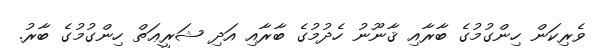
ވެރިކަން ހިންގުމުގެ ބާރާއި ޤާނޫނު ހެދުމުގެ ބާރާއި އަދި ޝަރީޢަތް ހިންގުމުގެ ބާރު.